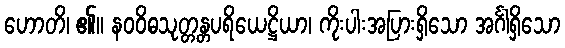
ဟောတိ၊ ၏။ နဝဝိဓသုတ္တန္တပရိယေဋ္ဌိယာ၊ ကိုးပါးအပြားရှိသော အင်္ဂါရှိသော